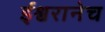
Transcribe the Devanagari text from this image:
ईश्वरानेच